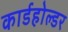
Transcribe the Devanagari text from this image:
कार्डहोल्डर